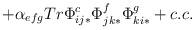
LaTeX: \begin{align*}+ \alpha_{efg} Tr \Phi^c_{ij*}\Phi^f_{jk*}\Phi^g_{ki*} + c.c.\end{align*}